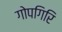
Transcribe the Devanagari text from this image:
गोपगिरि